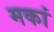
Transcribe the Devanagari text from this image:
मकां